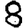
Digit: 8